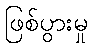
ဖြစ်ပွားမှု